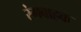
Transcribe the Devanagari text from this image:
रंगवाहक